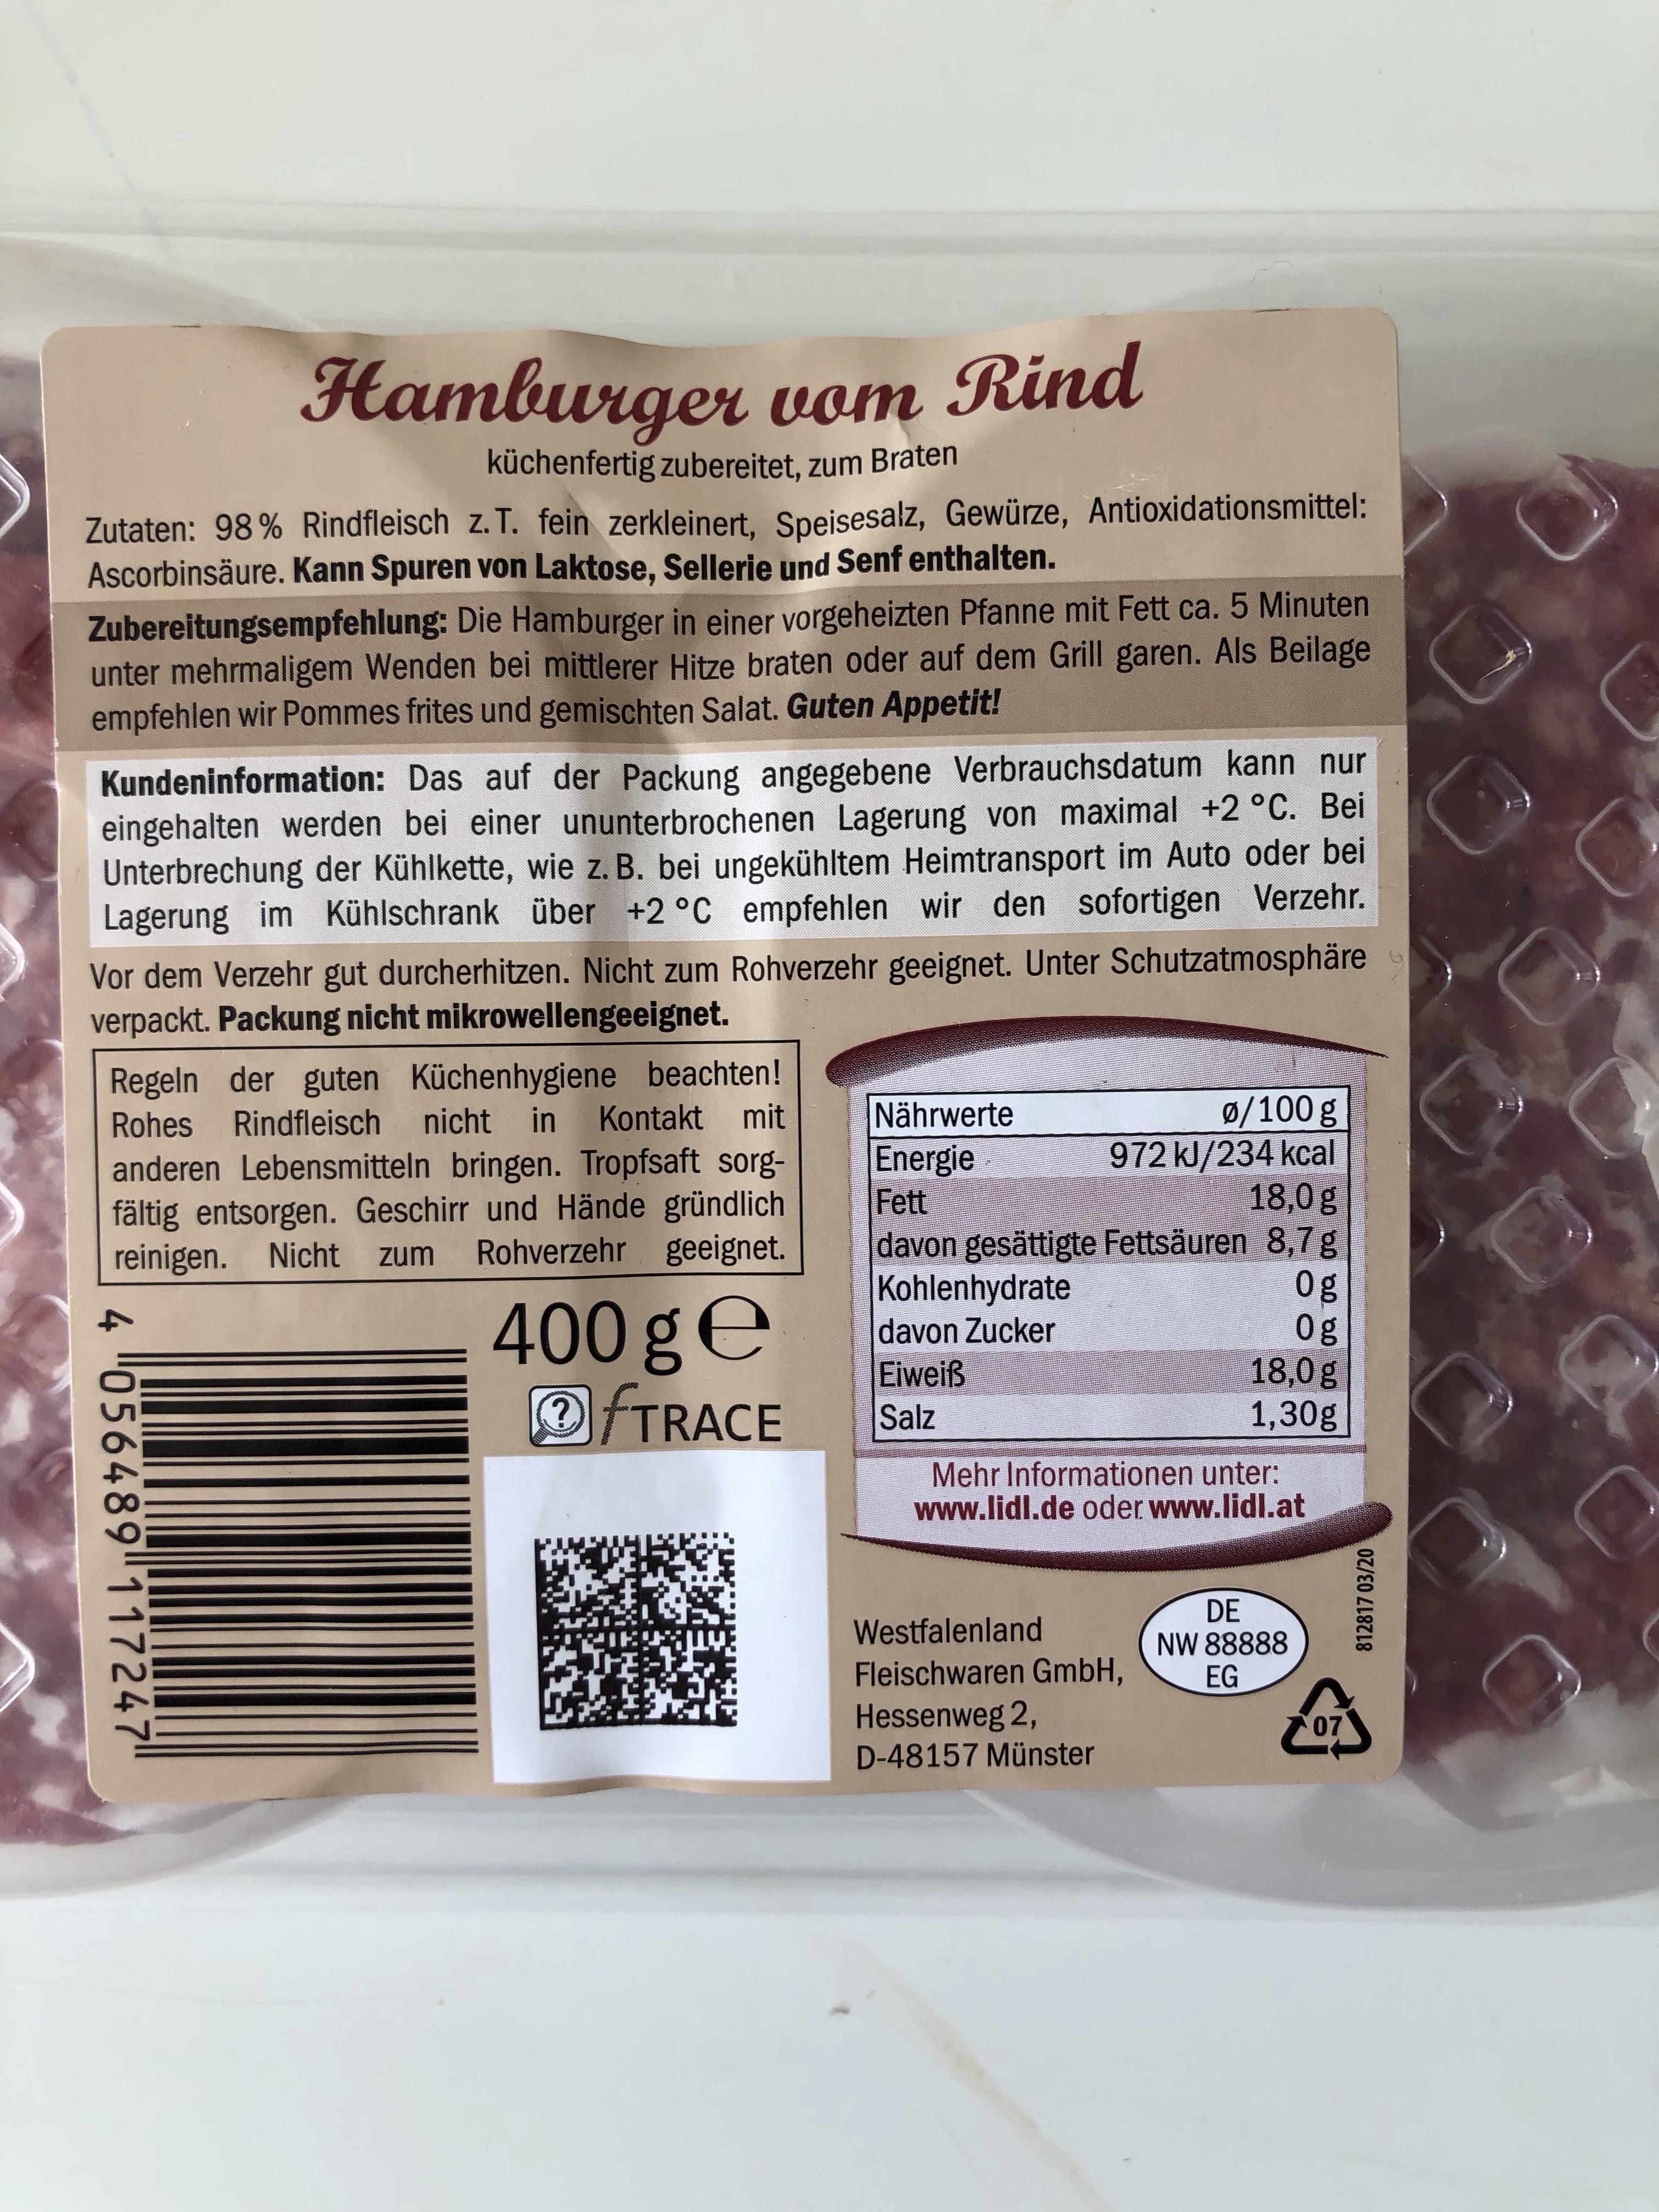
Hamburger vom Rind
küchenfertig zubereitet, zum Braten
Zutaten: 98% Rindfleisch z. T. fein zerkleinert, Speisesalz, Gewürze, Antioxidationsmittel: Ascorbinsäure. Kann Spuren von Laktose, Sellerie und Senf enthalten.
Zubereitungsempfehlung: Die Hamburger in einer vorgeheizten Pfanne mit Fett ca. 5 Minuten unter mehrmaligem Wenden bei mittlerer Hitze braten oder auf dem Grill garen. Als Beilage empfehlen wir Pommes frites und gemischten Salat. Guten Appetit!
Kundeninformation: Das auf der Packung angegebene Verbrauchsdatum kann nur eingehalten werden bei einer ununterbrochenen Lagerung von maximal +2 °C. Bei Unterbrechung der Kühlkette, wie z. B. bei ungekühltem Heimtransport im Auto oder bei Lagerung im Kühlschrank über +2 °C empfehlen wir den sofortigen Verzehr.
Vor dem Verzehr gut durcherhitzen. Nicht zum Rohverzehr geeignet. Unter Schutzatmosphäre verpackt. Packung nicht mikrowellengeeignet.
Regeln der guten Küchenhygiene beachten! nicht in
ø/100g 972 kJ/234 kcal 18,0 g davon gesättigte Fettsäuren 8,7 g 0g 0g 18,0 g 1,30g
Rohes Rindfleisch
Kontakt mit
Nährwerte
anderen Lebensmitteln bringen. Tropfsaft sorg- fältig entsorgen. Geschirr und Hände gründlich reinigen. Nicht
Energie Fett
zum
Rohverzehr geeignet.
Kohlenhydrate davon Zucker Eiweiß Salz
400 ge
TRACE
Mehr Informationen unter: www.lidl.de oder www.lidl.at
DE NW 88888 EG
Westfalenland
Fleischwaren GmbH, Hessenweg 2,
07
D-48157 Münster
4 "056489 117247
812817 03/20